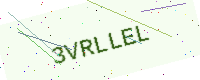
Text: 3VRLLEL